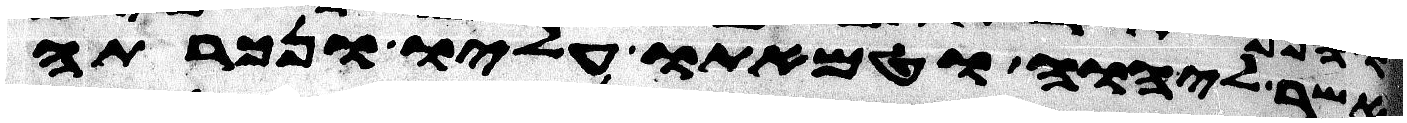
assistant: אשר ליהוה וטמאתו עליו ונכרתה